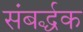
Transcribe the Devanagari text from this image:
संबर्द्धक